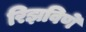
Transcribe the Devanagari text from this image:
रिझविणे